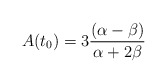
\begin{align*}A(t_0)=3 \frac{(\alpha - \beta)}{\alpha + 2 \beta} \end{align*}